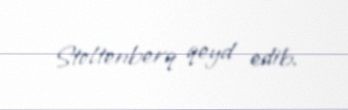
Stoltenberq qeyd edib.